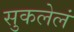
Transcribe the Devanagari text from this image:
सुकलेलं